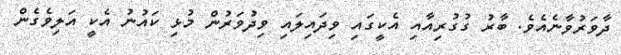
ދާވަރުވާނެއެވެ. ބާރު ގުގުރިއާއި އެކީގައި ވިދައިލައި ވިދުވަރުން މުޅި ކައުނު އެކީ އަލިވެގެން